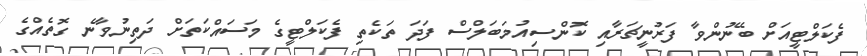
ފެކަލްޓީއަށް ބޭނުންވާ ފަރުނީޗަރާއި ކޮންސިއުމަބަލްސް ފަދަ ތަކެތި ފެކަލްޓީގެ މަސައްކަތަށް ދަތިނުވާނެ ގޮތެއްގެ